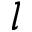
l